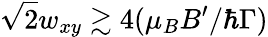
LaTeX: \sqrt{2}w_{xy}\gtrsim 4(\mu_{B}B^{\prime}/\hbar\Gamma)